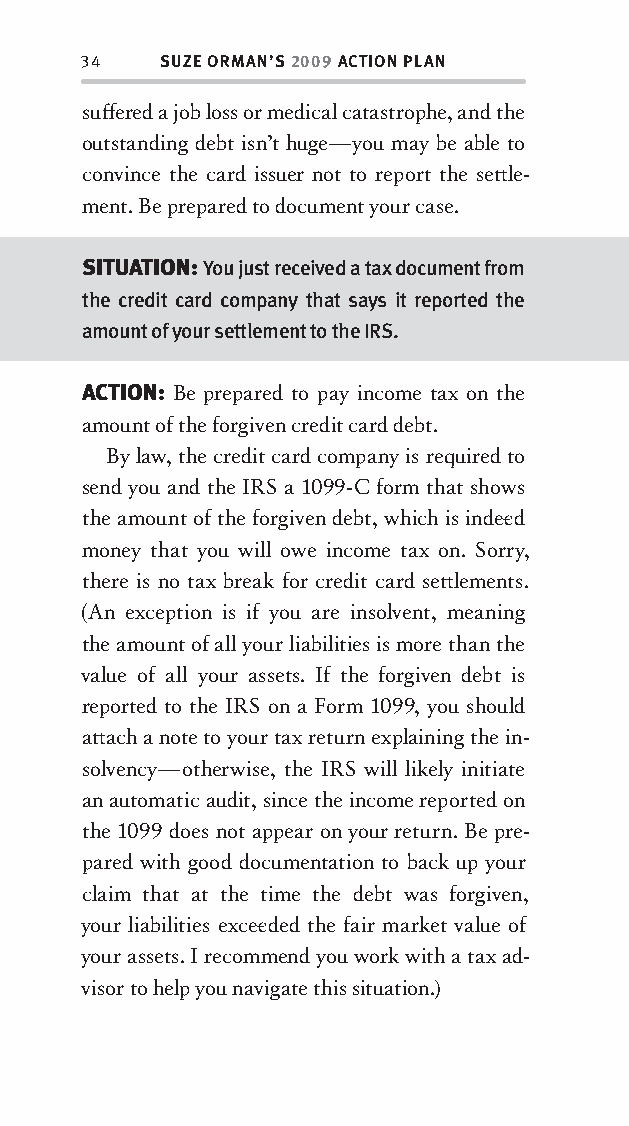
34   SUZE ORMAN’S 2009 ACTION PLAN
 suff ered a job loss or medical catastrophe, and the
 outstanding debt isn’t huge—you may be able to
 convince the card issuer not to report the sett le-
 ment. Be prepared to document your case.
 SITUATION: You just received a tax document from
 the credit card company that says it reported the
 amount of your settlement to the IRS.
 ACTION: Be prepared to pay income tax on the
 amount of the forgiven credit card debt.
 By law, the credit card company is required to
 send you and the IRS a 1099-C form that shows
 the amount of the forgiven debt, which is indee d
 money that you will owe income tax on. Sorry,
 there is no tax break for credit card sett lements.
 (An exception is if you are insolvent, meaning
 the amount of all your liabilities is more than the
 value of all your assets. If the forgiven debt is
 reported to the IRS on a Form 1099, you should
 att ach a note to your tax return explaining the in-
 solvency—otherwise, the IRS will likely initiate
 an automatic audit, since the income reported on
 the 1099 does not appear on your return. Be pre-
 pared with good documentation to back up your
 claim that at the time the debt was forgiven,
 your liabilities excee ded the fair market value of
 your assets. I recommend you work with a tax ad-
 visor to help you navigate this situation.)
 OOrrmmaa__99778800338855553300993344__44pp__aallll__rr11..iinndddd 3344 1122//33//0088 99::3311::0033 AAMM